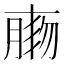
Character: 𦝸